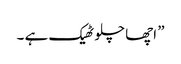
” اچھا چلو ٹھیک ہے ۔